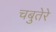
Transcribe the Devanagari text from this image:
चबुतेरे